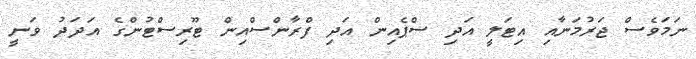
ނަމަވެސް ޖަރުމަނާއި އިޓަލީ އަދި ސްޕެއިން އަދި ފްރާންސްއިން ޓޫރިސްޓުންގެ އަދަދު ވަނީ